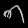
Digit: ၈